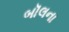
બૉલના